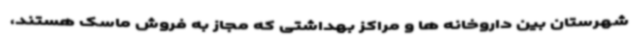
شهرستان بین داروخانه ها و مراکز بهداشتی که مجاز به فروش ماسک هستند،